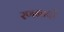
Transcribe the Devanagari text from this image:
रणनादों